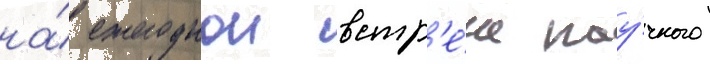
на́ ежегоднои встр'е́че нау́чного